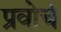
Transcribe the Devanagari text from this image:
प्रवोचं